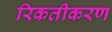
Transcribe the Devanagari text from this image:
रिकतीकरण